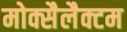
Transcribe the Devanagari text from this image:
मोक्सैलैक्टम